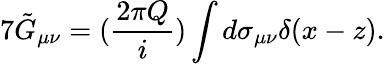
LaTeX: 7\tilde{G}_{\mu\nu}=(\frac{2\pi Q}{i})\int d\sigma_{\mu\nu}\delta(x-z).